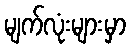
မျက်လုံးများမှာ